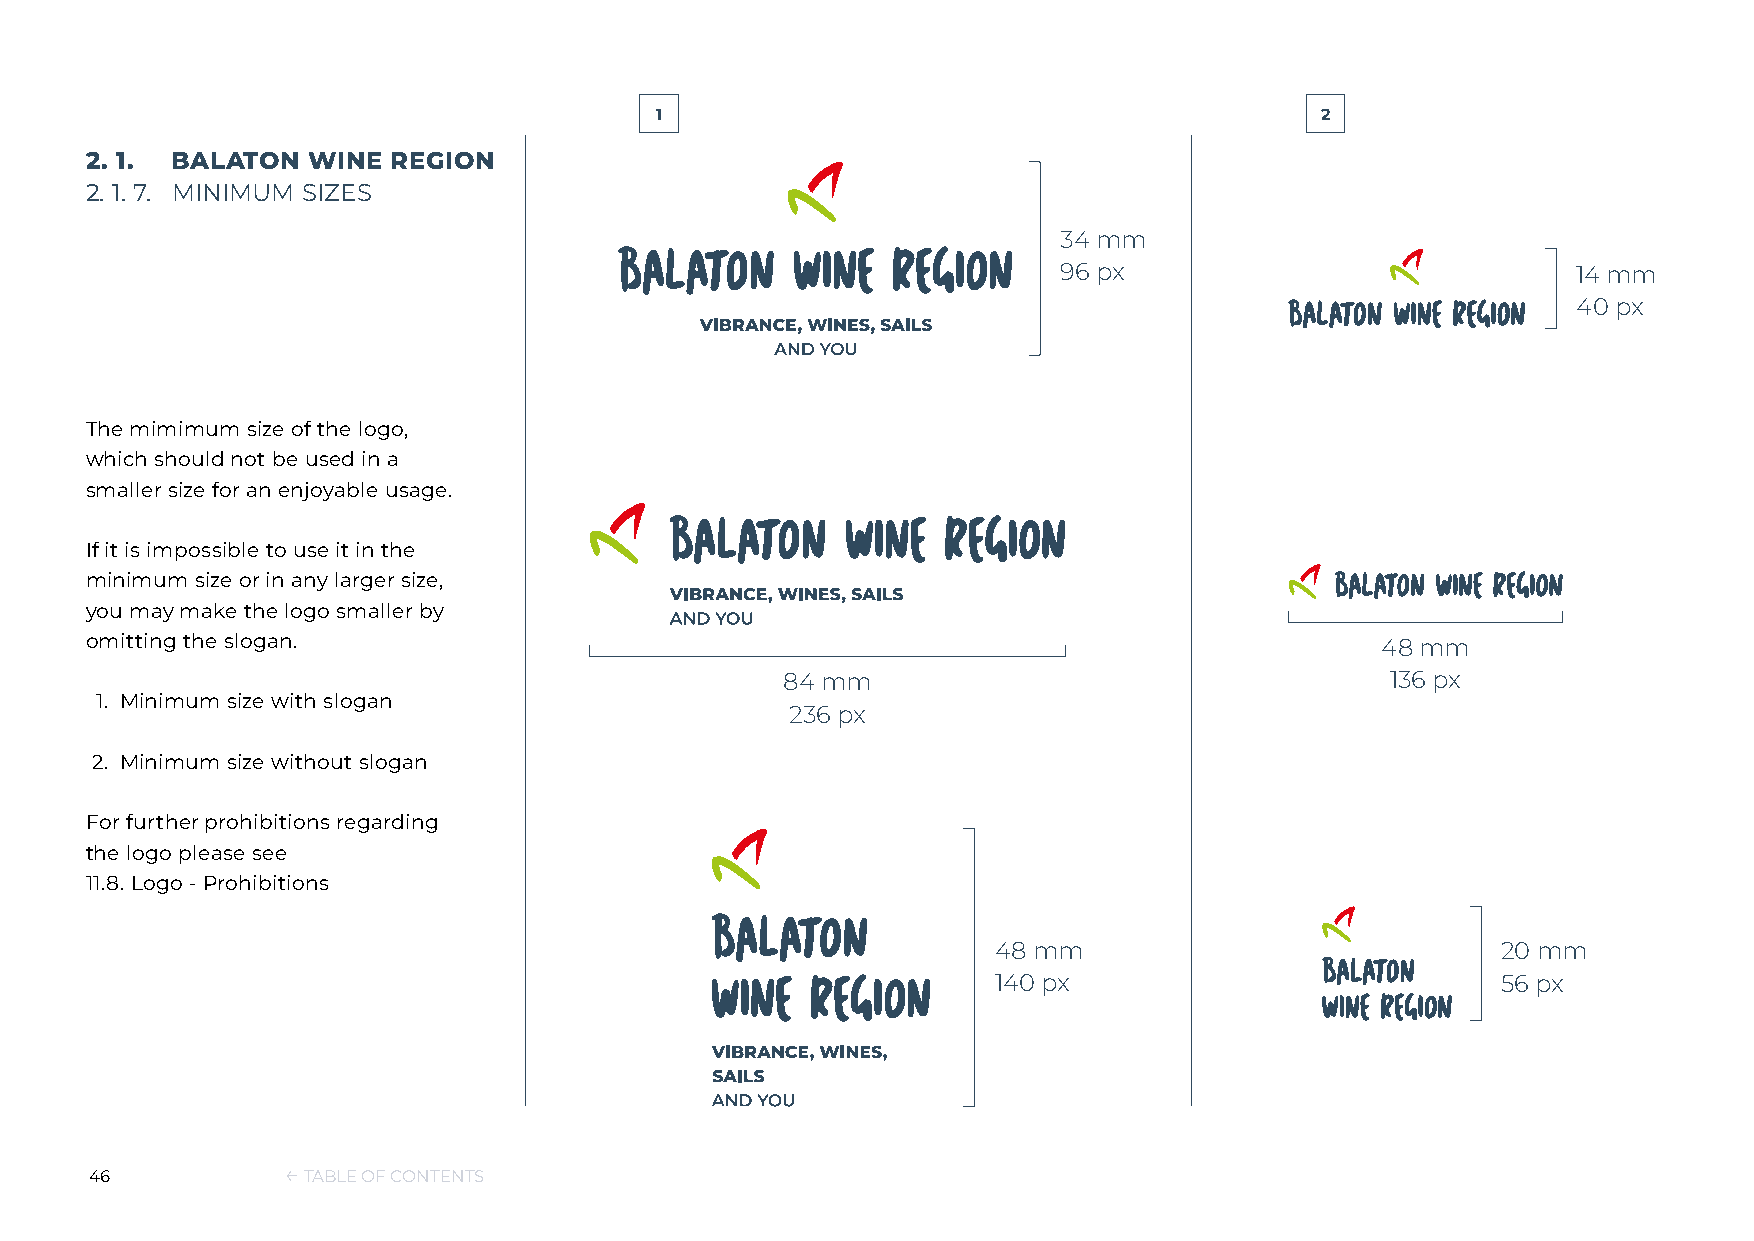
1                                           2
 2. 1. BALATON WINE  REGION
 2. 1. 7. MINIMUM SIZES
 34 mm
 96 px                             14 mm
 40 px
 The mimimum size of the logo,
 which should not be used in a
 smaller size for an enjoyable usage.
 If it is impossible to use it in the
 minimum size or in any larger size,
 you may make the logo smaller by
 omitting the slogan.                                                                 48 mm
 84 mm                                   136 px
 1. Minimum size with slogan
 236 px
 2. Minimum size without slogan
 For further prohibitions regarding
 the logo please see
 11.8. Logo - Prohibitions
 48 mm                            20 mm
 140 px                           56 px
 46           ← TABLE OF CONTENTS